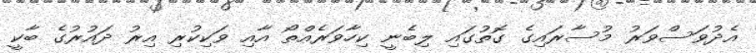
އެދުވަސްވަރު މުސާރައިގެ ގޮތުގައި ލިބެނީ ކިހާވަރެއްތޯ އާއި ވަކިކުރި އިރު ދައުރުގެ ބާކީ